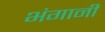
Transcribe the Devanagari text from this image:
भंगानी